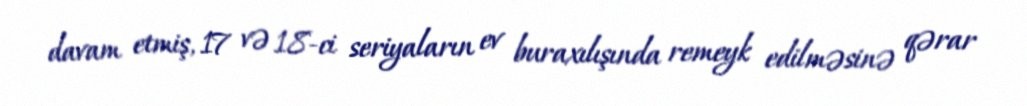
davam etmiş, 17 və 18-ci seriyaların ev buraxılışında remeyk edilməsinə qərar